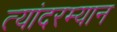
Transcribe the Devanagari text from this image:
त्यांदरम्यान